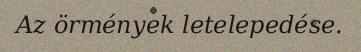
Az örmények letelepedése.